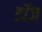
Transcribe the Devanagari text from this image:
डॉज़